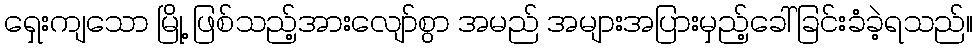
ရှေးကျသော မြို့ ဖြစ်သည့်အားလျော်စွာ အမည် အများအပြားမှည့်ခေါ်ခြင်းခံခဲ့ရသည်။